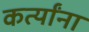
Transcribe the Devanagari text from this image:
कर्त्यांना